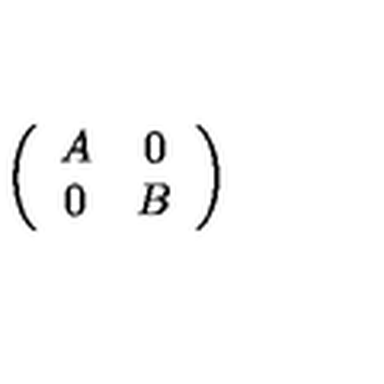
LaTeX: \left( \begin{array} { c c } { A } & { 0 } \\ { 0 } & { B } \\ \end{array} \right)